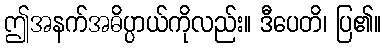
ဤအနက်အဓိပ္ပာယ်ကိုလည်း။ ဒီပေတိ၊ ပြ၏။